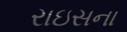
રાઇસના